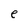
Character: e